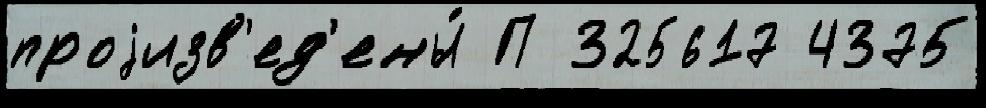
проjизв'ед'ены́ П 325617 4375